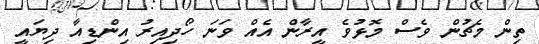
ތިން މެޗުން ވެސް މޮޅުވެ އީރާން އެއް ވަނަ ހޯދިއިރު އިންޑިއާ ދިޔައީ